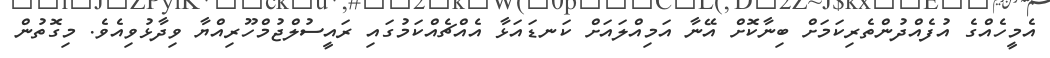
އެމީހެއްގެ އުފެއްދުންތެރިކަމަށް ބިނާކޮށް އޭނާ އަމިއްލައަށް ކަނޑައަޅާ އެއްޗެއްކަމުގައި ރައީސުލްޖުމްހޫރިއްޔާ ވިދާޅުވިއެވެ. މިގޮތުން